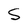
Character: S